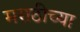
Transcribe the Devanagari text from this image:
मराठीच्‍या